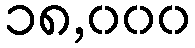
၁၈,၀၀၀